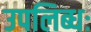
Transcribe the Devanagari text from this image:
उपलिब्धः